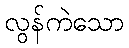
လွန်ကဲသော